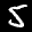
Label: 5